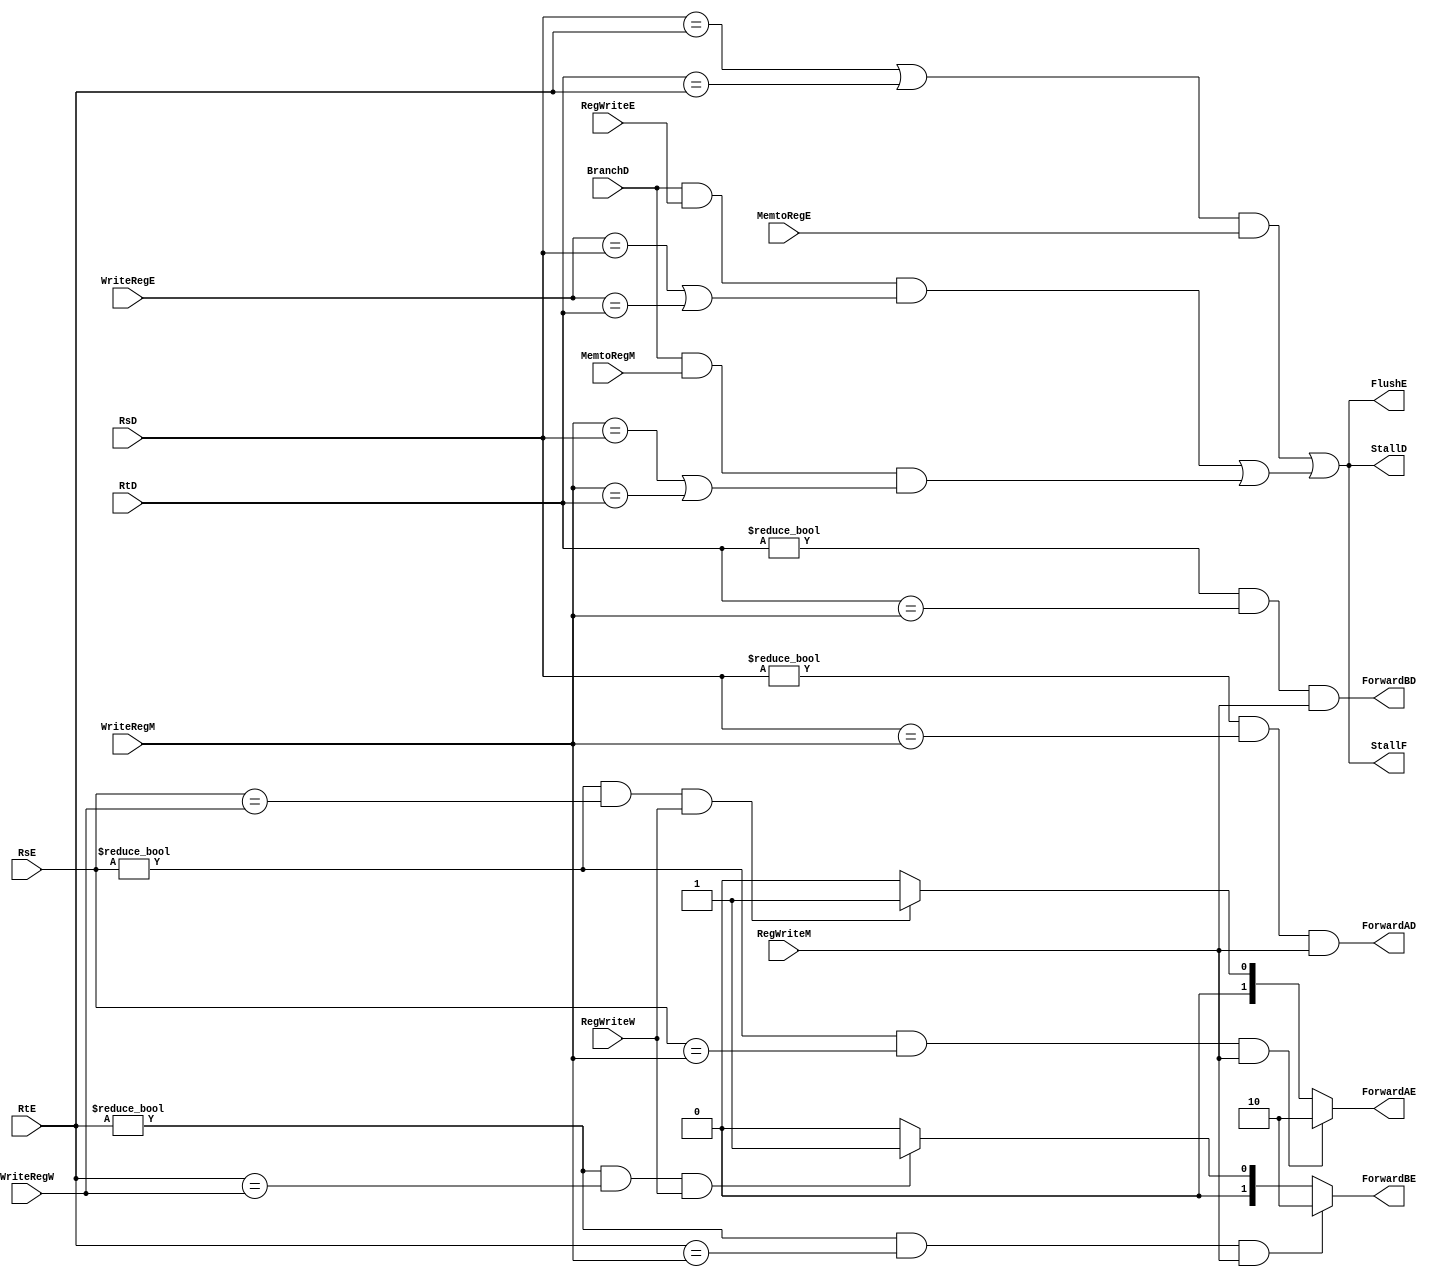
module Hazard_unit (
	input [4:0] RsD,
	input [4:0] RtD,
	input [4:0] RsE,
	input [4:0] RtE,

	input [4:0] WriteRegE,
	input [4:0] WriteRegM,
	input [4:0] WriteRegW,
	input 		RegWriteE,
	input 		RegWriteW,
	input 		RegWriteM,
	input 		MemtoRegE,
	input 		MemtoRegM,
	input		BranchD,

	output [1:0]ForwardBE,
	output [1:0]ForwardAE,
	output 		ForwardBD,
	output 		ForwardAD,
	output 		FlushE,
	output      StallD,
	output      StallF
);

wire branchstall, lwstall;

assign ForwardAE = ((RsE != 0) && (RsE == WriteRegM) && (RegWriteM)) ? 
						2'b10 :
					(((RsE != 0) && (RsE == WriteRegW) && (RegWriteW)) ? 
						2'b01 :
						2'b00 ); 

assign ForwardBE = ((RtE != 0) && (RtE == WriteRegM) && (RegWriteM)) ? 
						2'b10 :
					(((RtE != 0) && (RtE == WriteRegW) && (RegWriteW)) ? 
						2'b01 :
						2'b00 ); 

assign ForwardAD = ((RsD != 0) && (RsD == WriteRegM) && (RegWriteM));
assign ForwardBD = ((RtD != 0) && (RtD == WriteRegM) && (RegWriteM));

assign lwstall = (((RsD == RtE) || (RtD == RtE)) && (MemtoRegE)) ;
assign branchstall = (BranchD && RegWriteE && (WriteRegE == RsD || WriteRegE == RtD) || BranchD && MemtoRegM &&  (WriteRegM == RsD || WriteRegM == RtD)); 

assign StallF = lwstall|| branchstall;
assign StallD = lwstall || branchstall;
assign FlushE = lwstall || branchstall;

endmodule